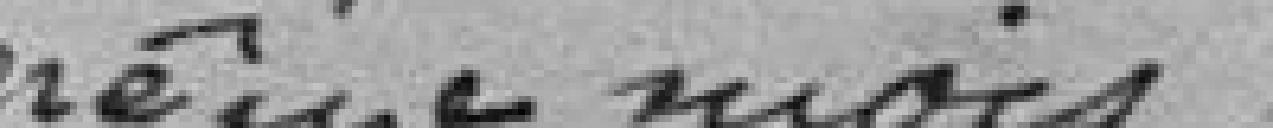
même mois